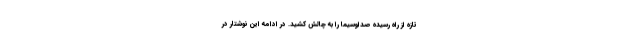
تازه از راه رسیده صداوسیما را به چالش کشید. در ادامه این نوشتار در